Bombay plague: being a history of the progress of plague in the Bombay presidency from September 1896 to June 1899
Year: 1896
Disease focus: Plague
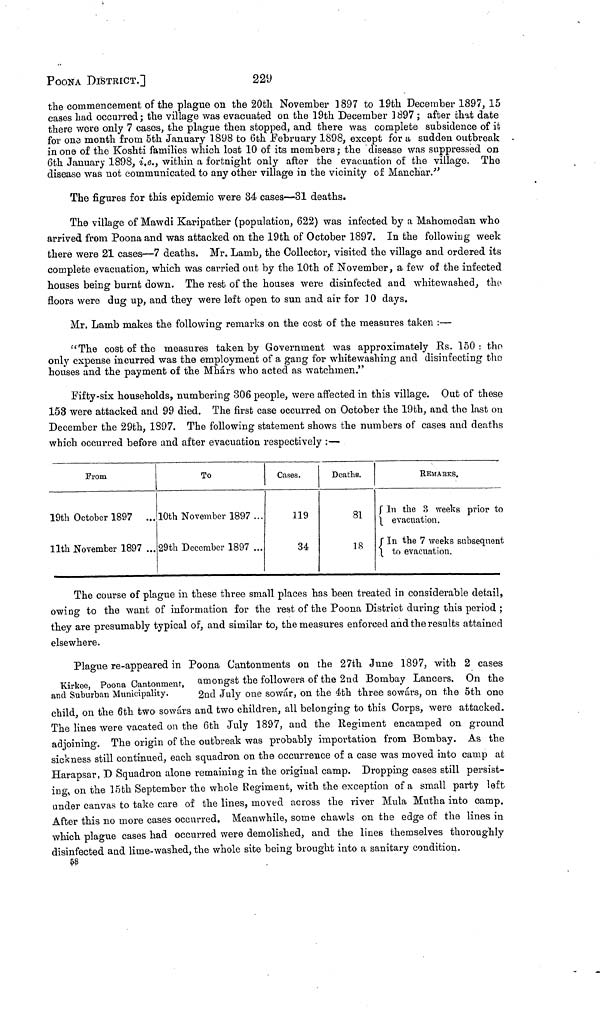
POONA DISTRICT.]
229
the commencement of the plague on the 20th November 1897 to 19th December 1897, 15
cases bad occurred; the village was evacuated on the 19th December 1897 ; after that date
there were only 7 cases, the plague then stopped, and there was complete subsidence of it
for one month from 5th January 1898 to 6th February 1898, except for a sudden outbreak
in one of the Koshti families which lost 10 of its members ; the disease was suppressed on
6th January 1898, i.e., within a fortnight only after the evacuation of the village. The
disease was not communicated to any other village in the vicinity of Manchar."
The figures for this epidemic were 34 cases—31 deaths.
The village of Mawdi Karipather (population, 622) was infected by a Mahomedan who
arrived from Poona and was attacked on the 19th of October 1897. In the following week
there were 21 cases—7 deaths. Mr. Lamb, the Collector, visited the village and ordered its
complete evacuation, which was carried out by the 10th of November, a few of the infected
houses being burnt down. The rest of the houses were disinfected and whitewashed, the
floors were dug up, and they were left open to sun and air for 10 days.
Mr. Lamb makes the following remarks on the cost of the measures taken :—
"The cost of the measures taken by Government was approximately Us. 150: the
only expense incurred was the employment of a gang for whitewashing and disinfecting the
houses and the payment of the Mhárs who acted as watchmen."
Fifty-six households, numbering 306 people, were affected in this village. Out of these
153 were attacked and 99 died. The first case occurred on October the 19th, and the last on
December the 29th, 1897. The following statement shows the numbers of cases and deaths
which occurred before and after evacuation respectively :—
From
19th October 1897 ...
11th November 1897 ...
To
10th November 1897 ...
29th December 1897 ...
Cases.
119
34
Deaths.
81
18
REMArKS.
In the 3 weeks prior to
evacuation.
In the 7 weeks subsequent
to
evacuation.
The course of plague in these three small places has been treated in considerable detail,
owing to the want of information for the rest of the Poona District during this period ;
they are presumably typical of, and similar to, the measures enforced and the results attained
elsewhere.
Kirkee, Poona Cantonment,
and Suburban Municipality.
Plague re-appeared in Poona Cantonments on the 27th June 1897, with 2 cases
amongst the followers of the 2nd Bombay Lancers. On the
2nd July one sowar, on the 4th three sowars, on the 5th one
child, on the 6th two sowars and two children, all belonging to this Oorps, were attacked.
The lines were vacated on the 6th July 1897, and the Regiment encamped on ground
adjoining. The origin of the outbreak was probably importation from Bombay. As the
sickness still continued, each squadron on the occurrence of a case was moved into camp at
Harapsar, D Squadron alone remaining in the original camp. Dropping cases still persist-
ing, on the 15th September the whole Regiment, with the exception of a small party left
under canvas to take care of the lines, moved across the river Muía Mutha into camp.
After this no more cases occurred. Meanwhile, some chawls on the edge of the lines in
which plague cases had occurred were demolished, and the lines themselves thoroughly
disinfected and lime-washed, the whole site being brought into a sanitary condition.
58